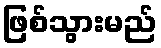
ဖြစ်သွားမည်